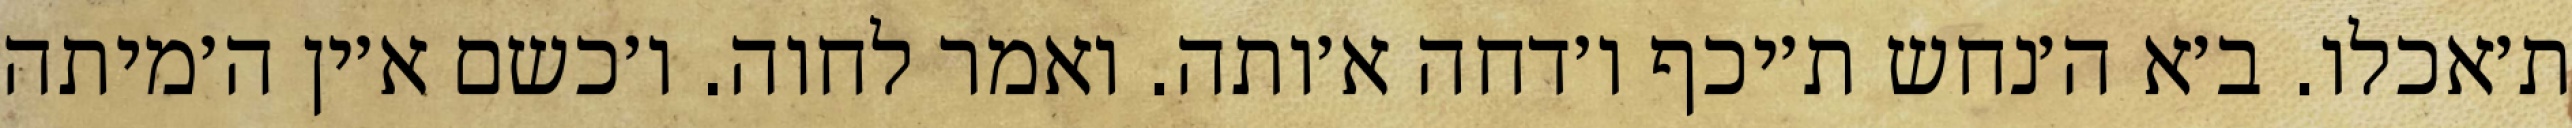
ת׳אכלו. ב׳א ה׳נחש ת׳יכף ו׳דחה א׳ותה. ואמר לחוה. ו׳כשם א׳ין ה׳מיתה